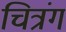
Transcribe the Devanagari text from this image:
चित्रंग